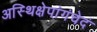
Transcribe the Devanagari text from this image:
अस्थिक्षेपांगंचेदं